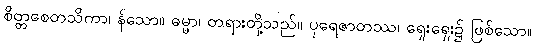
စိတ္တစေတသိကာ၊ န်သော။ ဓမ္မာ၊ တရားတို့သည်။ ပုရေဇာတဿ၊ ရှေးရှေး၌ ဖြစ်သော။